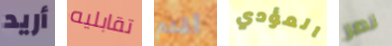
أريد تقابليه أقدم المؤدي نصر